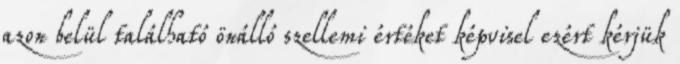
azon belül található önálló szellemi értéket képvisel ezért kérjük